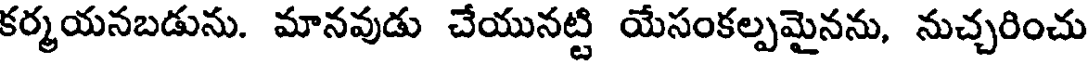
కర్మయనబడును. మానవుడు చేయునట్టి యేసంకల్పమైనను, నుచ్చరించు